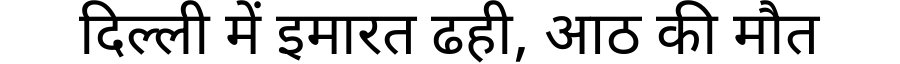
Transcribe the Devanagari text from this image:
दिल्ली में इमारत ढही, आठ की मौत